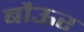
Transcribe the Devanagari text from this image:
बौऊर